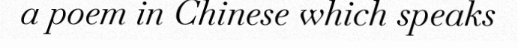
a poem in Chinese which speaks